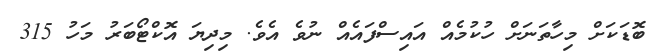
ބޮޑަކަށް މިހާތަނަށް ހުކުމެއް އައިސްފައެއް ނުވެ އެވެ. މިދިޔަ އޮކްޓޯބަރު މަހު 315